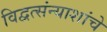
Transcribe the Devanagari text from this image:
विद्वत्संन्याशांचे